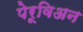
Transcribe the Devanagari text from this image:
पेरूविअन